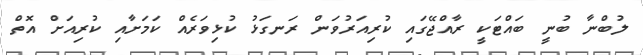
ލުބްނާ ބުނީ ބައްޓަކީ ރާއްޖޭގައި ކުރިއަރުވަން ރަނގަޅު ކުޅިވަރެއް ކަމަށާއި ކުރިއަށް އޮތް